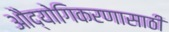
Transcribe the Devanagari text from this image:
औद्योगिकरणासाठी